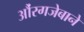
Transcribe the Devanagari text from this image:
औंरगजेबाने